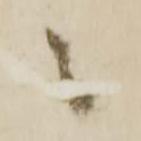
々